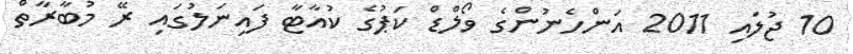
10 ޖުލައި 2011 އަންހެނުންގެ ވޯލްޑް ކަޕުގެ ކުއާޓާ ފައިނަލުގައި ރޭ މުބާރާތް